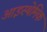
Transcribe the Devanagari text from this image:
आइस्थेमिक